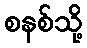
စနစ်သို့